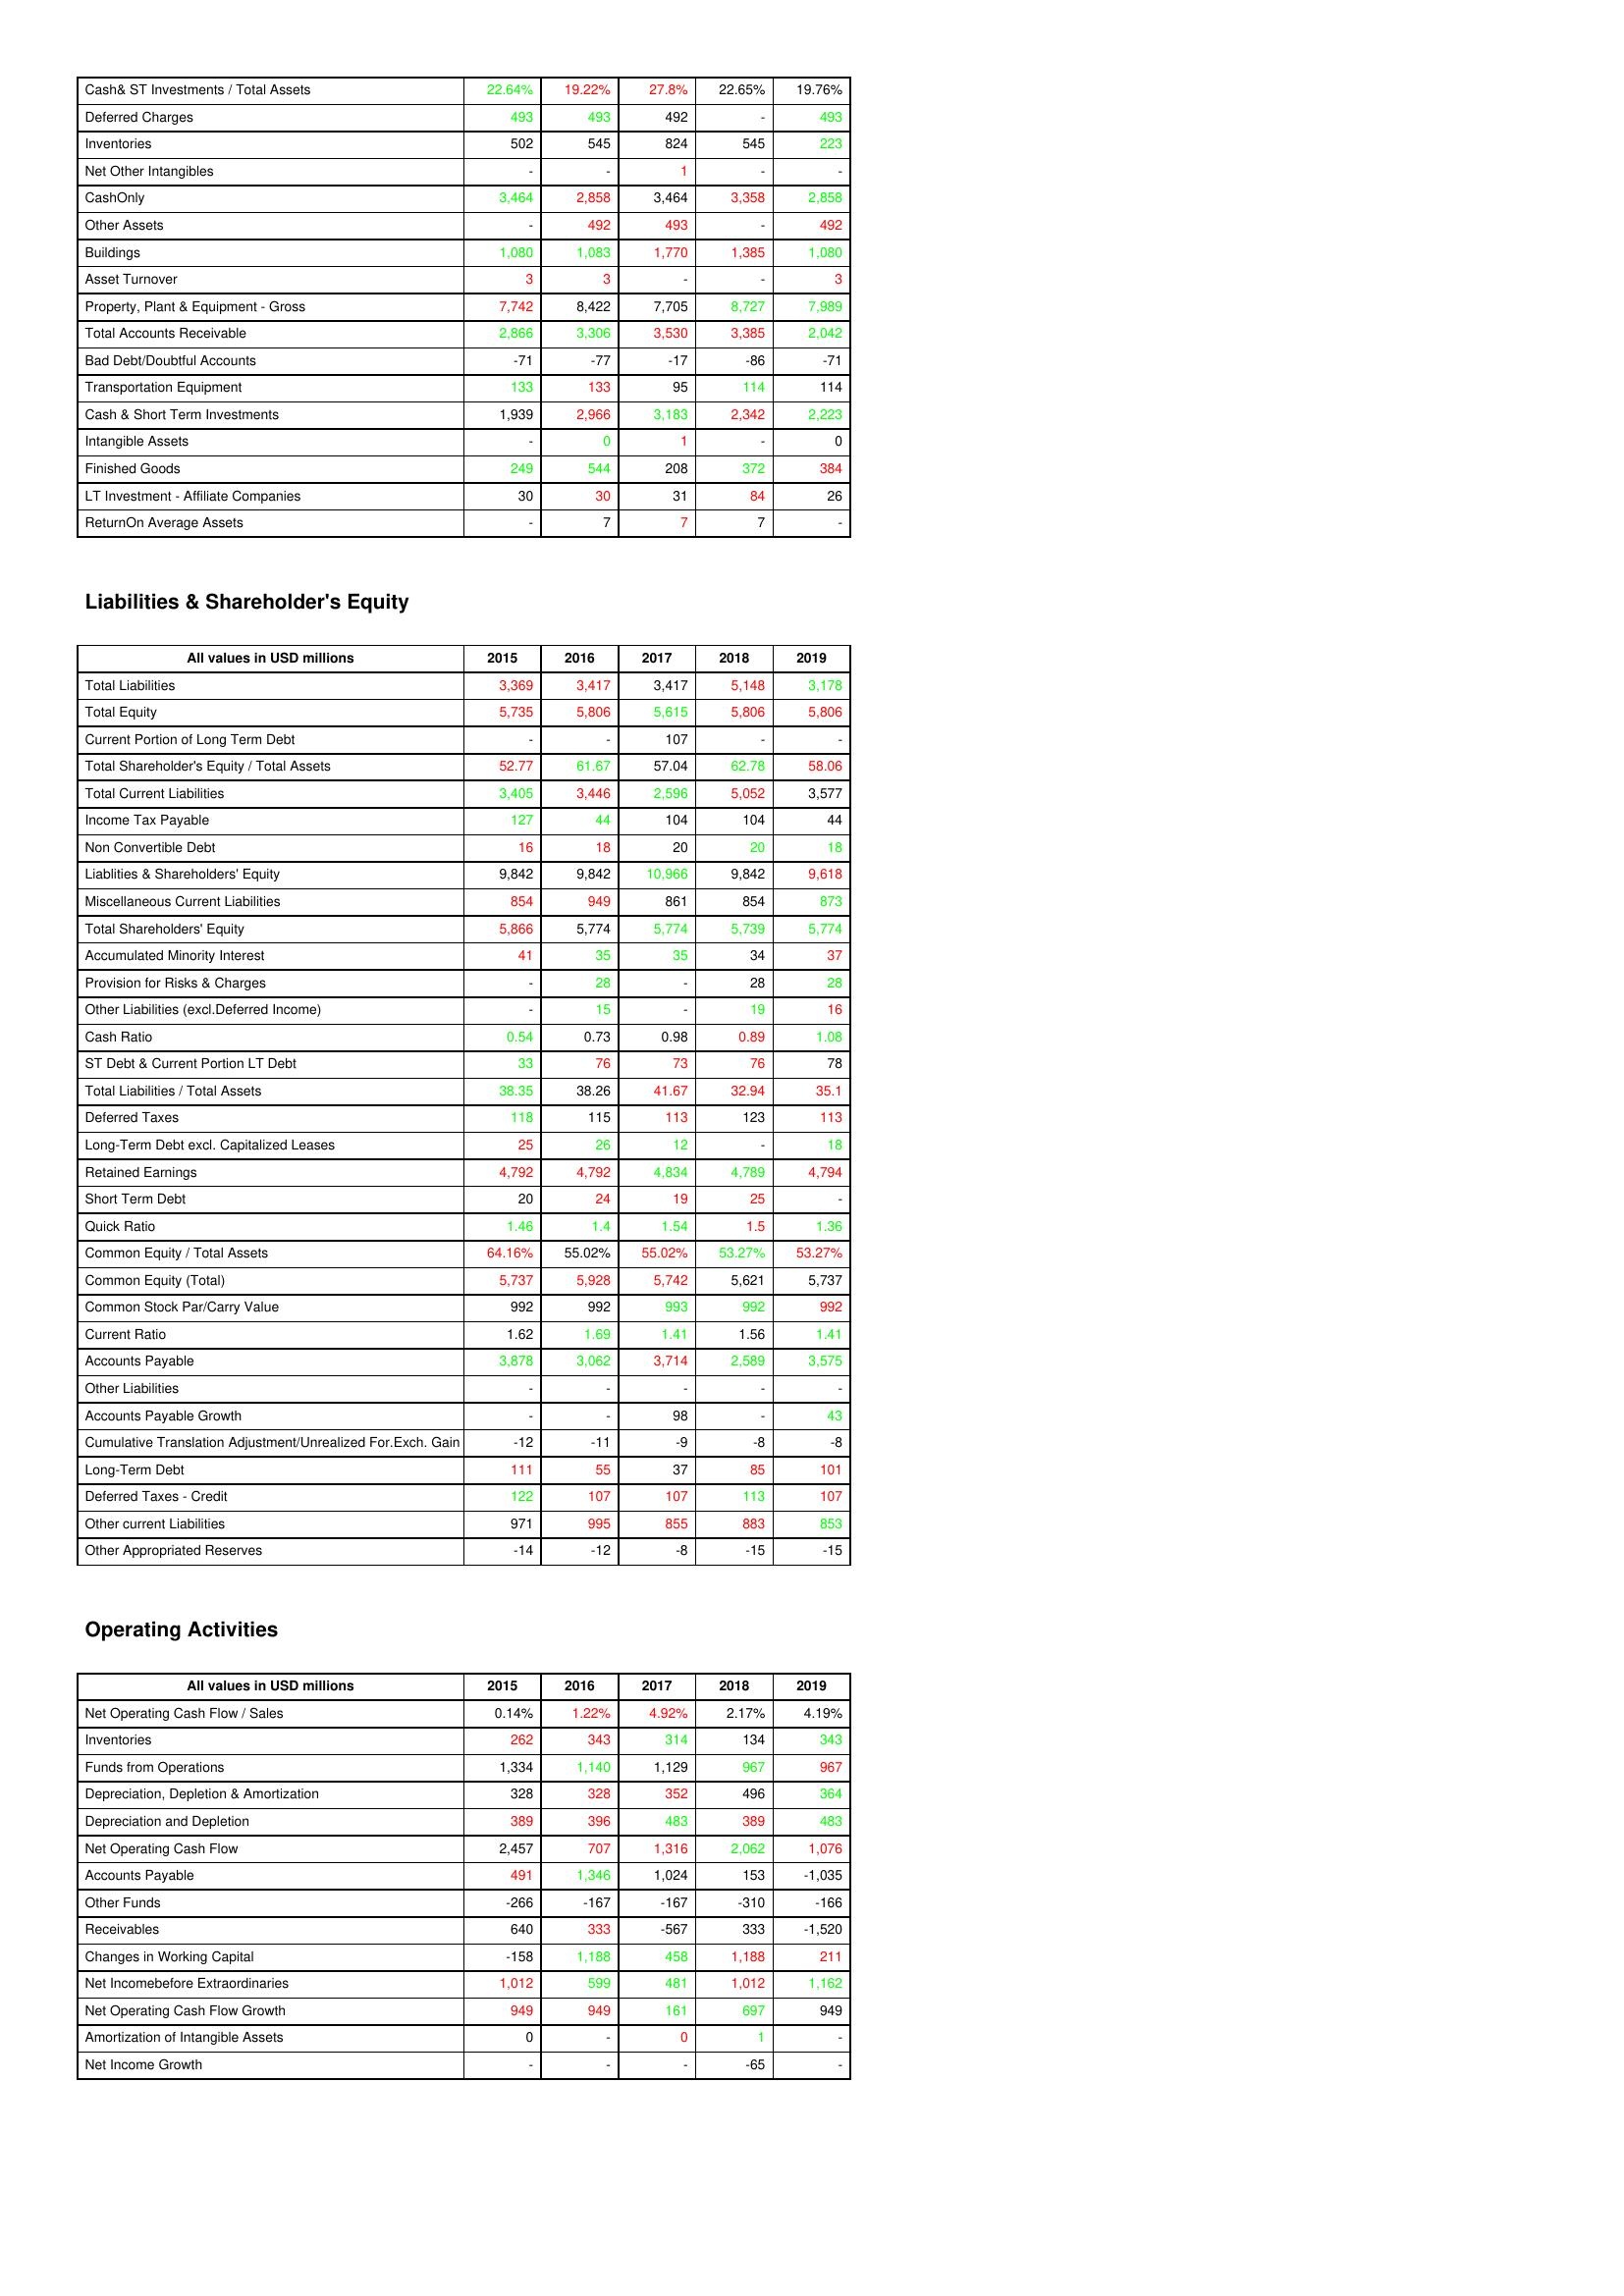
gt_parse: 2015: Assets: Cash& ST Investments / Total Assets: 22.64%
Deferred Charges: 493
Inventories: 502
Net Other Intangibles: -
CashOnly: 3,464
Other Assets: -
Buildings: 1,080
Asset Turnover: 3
Property, Plant & Equipment - Gross : 7,742
Total Accounts Receivable: 2,866
Bad Debt/Doubtful Accounts: -71
Transportation Equipment: 133
Cash & Short Term Investments: 1,939
Intangible Assets: -
Finished Goods: 249
LT Investment - Affiliate Companies: 30
ReturnOn Average Assets: -
Liabilities & Shareholder's Equity: Total Liabilities: 3,369
Total Equity: 5,735
Current Portion of Long Term Debt: -
Total Shareholder's Equity / Total Assets: 52.77
Total Current Liabilities: 3,405
Income Tax Payable: 127
Non Convertible Debt: 16
Liablities & Shareholders' Equity: 9,842
Miscellaneous Current Liabilities: 854
Total Shareholders' Equity: 5,866
Accumulated Minority Interest: 41
Provision for Risks & Charges: -
Other Liabilities (excl.Deferred Income): -
Cash Ratio: 0.54
ST Debt & Current Portion LT Debt: 33
Total Liabilities / Total Assets: 38.35
Deferred Taxes: 118
Long-Term Debt excl. Capitalized Leases: 25
Retained Earnings: 4,792
Short Term Debt: 20
Quick Ratio: 1.46
Common Equity / Total Assets: 64.16%
Common Equity (Total): 5,737
Common Stock Par/Carry Value: 992
Current Ratio: 1.62
Accounts Payable: 3,878
Other Liabilities: -
Accounts Payable Growth: -
Cumulative Translation Adjustment/Unrealized For.Exch. Gain: -12
Long-Term Debt: 111
Deferred Taxes - Credit: 122
Other current Liabilities: 971
Other Appropriated Reserves: -14
Operating Activities: Net Operating Cash Flow / Sales: 0.14%
Inventories: 262
Funds from Operations: 1,334
Depreciation, Depletion & Amortization: 328
Depreciation and Depletion: 389
Net Operating Cash Flow: 2,457
Accounts Payable: 491
Other Funds: -266
Receivables: 640
Changes in Working Capital: -158
Net Incomebefore Extraordinaries: 1,012
Net Operating Cash Flow Growth: 949
Amortization of Intangible Assets: 0
Net Income Growth: -
2016: Assets: Cash& ST Investments / Total Assets: 19.22%
Deferred Charges: 493
Inventories: 545
Net Other Intangibles: -
CashOnly: 2,858
Other Assets: 492
Buildings: 1,083
Asset Turnover: 3
Property, Plant & Equipment - Gross : 8,422
Total Accounts Receivable: 3,306
Bad Debt/Doubtful Accounts: -77
Transportation Equipment: 133
Cash & Short Term Investments: 2,966
Intangible Assets: 0
Finished Goods: 544
LT Investment - Affiliate Companies: 30
ReturnOn Average Assets: 7
Liabilities & Shareholder's Equity: Total Liabilities: 3,417
Total Equity: 5,806
Current Portion of Long Term Debt: -
Total Shareholder's Equity / Total Assets: 61.67
Total Current Liabilities: 3,446
Income Tax Payable: 44
Non Convertible Debt: 18
Liablities & Shareholders' Equity: 9,842
Miscellaneous Current Liabilities: 949
Total Shareholders' Equity: 5,774
Accumulated Minority Interest: 35
Provision for Risks & Charges: 28
Other Liabilities (excl.Deferred Income): 15
Cash Ratio: 0.73
ST Debt & Current Portion LT Debt: 76
Total Liabilities / Total Assets: 38.26
Deferred Taxes: 115
Long-Term Debt excl. Capitalized Leases: 26
Retained Earnings: 4,792
Short Term Debt: 24
Quick Ratio: 1.4
Common Equity / Total Assets: 55.02%
Common Equity (Total): 5,928
Common Stock Par/Carry Value: 992
Current Ratio: 1.69
Accounts Payable: 3,062
Other Liabilities: -
Accounts Payable Growth: -
Cumulative Translation Adjustment/Unrealized For.Exch. Gain: -11
Long-Term Debt: 55
Deferred Taxes - Credit: 107
Other current Liabilities: 995
Other Appropriated Reserves: -12
Operating Activities: Net Operating Cash Flow / Sales: 1.22%
Inventories: 343
Funds from Operations: 1,140
Depreciation, Depletion & Amortization: 328
Depreciation and Depletion: 396
Net Operating Cash Flow: 707
Accounts Payable: 1,346
Other Funds: -167
Receivables: 333
Changes in Working Capital: 1,188
Net Incomebefore Extraordinaries: 599
Net Operating Cash Flow Growth: 949
Amortization of Intangible Assets: -
Net Income Growth: -
2017: Assets: Cash& ST Investments / Total Assets: 27.8%
Deferred Charges: 492
Inventories: 824
Net Other Intangibles: 1
CashOnly: 3,464
Other Assets: 493
Buildings: 1,770
Asset Turnover: -
Property, Plant & Equipment - Gross : 7,705
Total Accounts Receivable: 3,530
Bad Debt/Doubtful Accounts: -17
Transportation Equipment: 95
Cash & Short Term Investments: 3,183
Intangible Assets: 1
Finished Goods: 208
LT Investment - Affiliate Companies: 31
ReturnOn Average Assets: 7
Liabilities & Shareholder's Equity: Total Liabilities: 3,417
Total Equity: 5,615
Current Portion of Long Term Debt: 107
Total Shareholder's Equity / Total Assets: 57.04
Total Current Liabilities: 2,596
Income Tax Payable: 104
Non Convertible Debt: 20
Liablities & Shareholders' Equity: 10,966
Miscellaneous Current Liabilities: 861
Total Shareholders' Equity: 5,774
Accumulated Minority Interest: 35
Provision for Risks & Charges: -
Other Liabilities (excl.Deferred Income): -
Cash Ratio: 0.98
ST Debt & Current Portion LT Debt: 73
Total Liabilities / Total Assets: 41.67
Deferred Taxes: 113
Long-Term Debt excl. Capitalized Leases: 12
Retained Earnings: 4,834
Short Term Debt: 19
Quick Ratio: 1.54
Common Equity / Total Assets: 55.02%
Common Equity (Total): 5,742
Common Stock Par/Carry Value: 993
Current Ratio: 1.41
Accounts Payable: 3,714
Other Liabilities: -
Accounts Payable Growth: 98
Cumulative Translation Adjustment/Unrealized For.Exch. Gain: -9
Long-Term Debt: 37
Deferred Taxes - Credit: 107
Other current Liabilities: 855
Other Appropriated Reserves: -8
Operating Activities: Net Operating Cash Flow / Sales: 4.92%
Inventories: 314
Funds from Operations: 1,129
Depreciation, Depletion & Amortization: 352
Depreciation and Depletion: 483
Net Operating Cash Flow: 1,316
Accounts Payable: 1,024
Other Funds: -167
Receivables: -567
Changes in Working Capital: 458
Net Incomebefore Extraordinaries: 481
Net Operating Cash Flow Growth: 161
Amortization of Intangible Assets: 0
Net Income Growth: -
2018: Assets: Cash& ST Investments / Total Assets: 22.65%
Deferred Charges: -
Inventories: 545
Net Other Intangibles: -
CashOnly: 3,358
Other Assets: -
Buildings: 1,385
Asset Turnover: -
Property, Plant & Equipment - Gross : 8,727
Total Accounts Receivable: 3,385
Bad Debt/Doubtful Accounts: -86
Transportation Equipment: 114
Cash & Short Term Investments: 2,342
Intangible Assets: -
Finished Goods: 372
LT Investment - Affiliate Companies: 84
ReturnOn Average Assets: 7
Liabilities & Shareholder's Equity: Total Liabilities: 5,148
Total Equity: 5,806
Current Portion of Long Term Debt: -
Total Shareholder's Equity / Total Assets: 62.78
Total Current Liabilities: 5,052
Income Tax Payable: 104
Non Convertible Debt: 20
Liablities & Shareholders' Equity: 9,842
Miscellaneous Current Liabilities: 854
Total Shareholders' Equity: 5,739
Accumulated Minority Interest: 34
Provision for Risks & Charges: 28
Other Liabilities (excl.Deferred Income): 19
Cash Ratio: 0.89
ST Debt & Current Portion LT Debt: 76
Total Liabilities / Total Assets: 32.94
Deferred Taxes: 123
Long-Term Debt excl. Capitalized Leases: -
Retained Earnings: 4,789
Short Term Debt: 25
Quick Ratio: 1.5
Common Equity / Total Assets: 53.27%
Common Equity (Total): 5,621
Common Stock Par/Carry Value: 992
Current Ratio: 1.56
Accounts Payable: 2,589
Other Liabilities: -
Accounts Payable Growth: -
Cumulative Translation Adjustment/Unrealized For.Exch. Gain: -8
Long-Term Debt: 85
Deferred Taxes - Credit: 113
Other current Liabilities: 883
Other Appropriated Reserves: -15
Operating Activities: Net Operating Cash Flow / Sales: 2.17%
Inventories: 134
Funds from Operations: 967
Depreciation, Depletion & Amortization: 496
Depreciation and Depletion: 389
Net Operating Cash Flow: 2,062
Accounts Payable: 153
Other Funds: -310
Receivables: 333
Changes in Working Capital: 1,188
Net Incomebefore Extraordinaries: 1,012
Net Operating Cash Flow Growth: 697
Amortization of Intangible Assets: 1
Net Income Growth: -65
2019: Assets: Cash& ST Investments / Total Assets: 19.76%
Deferred Charges: 493
Inventories: 223
Net Other Intangibles: -
CashOnly: 2,858
Other Assets: 492
Buildings: 1,080
Asset Turnover: 3
Property, Plant & Equipment - Gross : 7,989
Total Accounts Receivable: 2,042
Bad Debt/Doubtful Accounts: -71
Transportation Equipment: 114
Cash & Short Term Investments: 2,223
Intangible Assets: 0
Finished Goods: 384
LT Investment - Affiliate Companies: 26
ReturnOn Average Assets: -
Liabilities & Shareholder's Equity: Total Liabilities: 3,178
Total Equity: 5,806
Current Portion of Long Term Debt: -
Total Shareholder's Equity / Total Assets: 58.06
Total Current Liabilities: 3,577
Income Tax Payable: 44
Non Convertible Debt: 18
Liablities & Shareholders' Equity: 9,618
Miscellaneous Current Liabilities: 873
Total Shareholders' Equity: 5,774
Accumulated Minority Interest: 37
Provision for Risks & Charges: 28
Other Liabilities (excl.Deferred Income): 16
Cash Ratio: 1.08
ST Debt & Current Portion LT Debt: 78
Total Liabilities / Total Assets: 35.1
Deferred Taxes: 113
Long-Term Debt excl. Capitalized Leases: 18
Retained Earnings: 4,794
Short Term Debt: -
Quick Ratio: 1.36
Common Equity / Total Assets: 53.27%
Common Equity (Total): 5,737
Common Stock Par/Carry Value: 992
Current Ratio: 1.41
Accounts Payable: 3,575
Other Liabilities: -
Accounts Payable Growth: 43
Cumulative Translation Adjustment/Unrealized For.Exch. Gain: -8
Long-Term Debt: 101
Deferred Taxes - Credit: 107
Other current Liabilities: 853
Other Appropriated Reserves: -15
Operating Activities: Net Operating Cash Flow / Sales: 4.19%
Inventories: 343
Funds from Operations: 967
Depreciation, Depletion & Amortization: 364
Depreciation and Depletion: 483
Net Operating Cash Flow: 1,076
Accounts Payable: -1,035
Other Funds: -166
Receivables: -1,520
Changes in Working Capital: 211
Net Incomebefore Extraordinaries: 1,162
Net Operating Cash Flow Growth: 949
Amortization of Intangible Assets: -
Net Income Growth: -